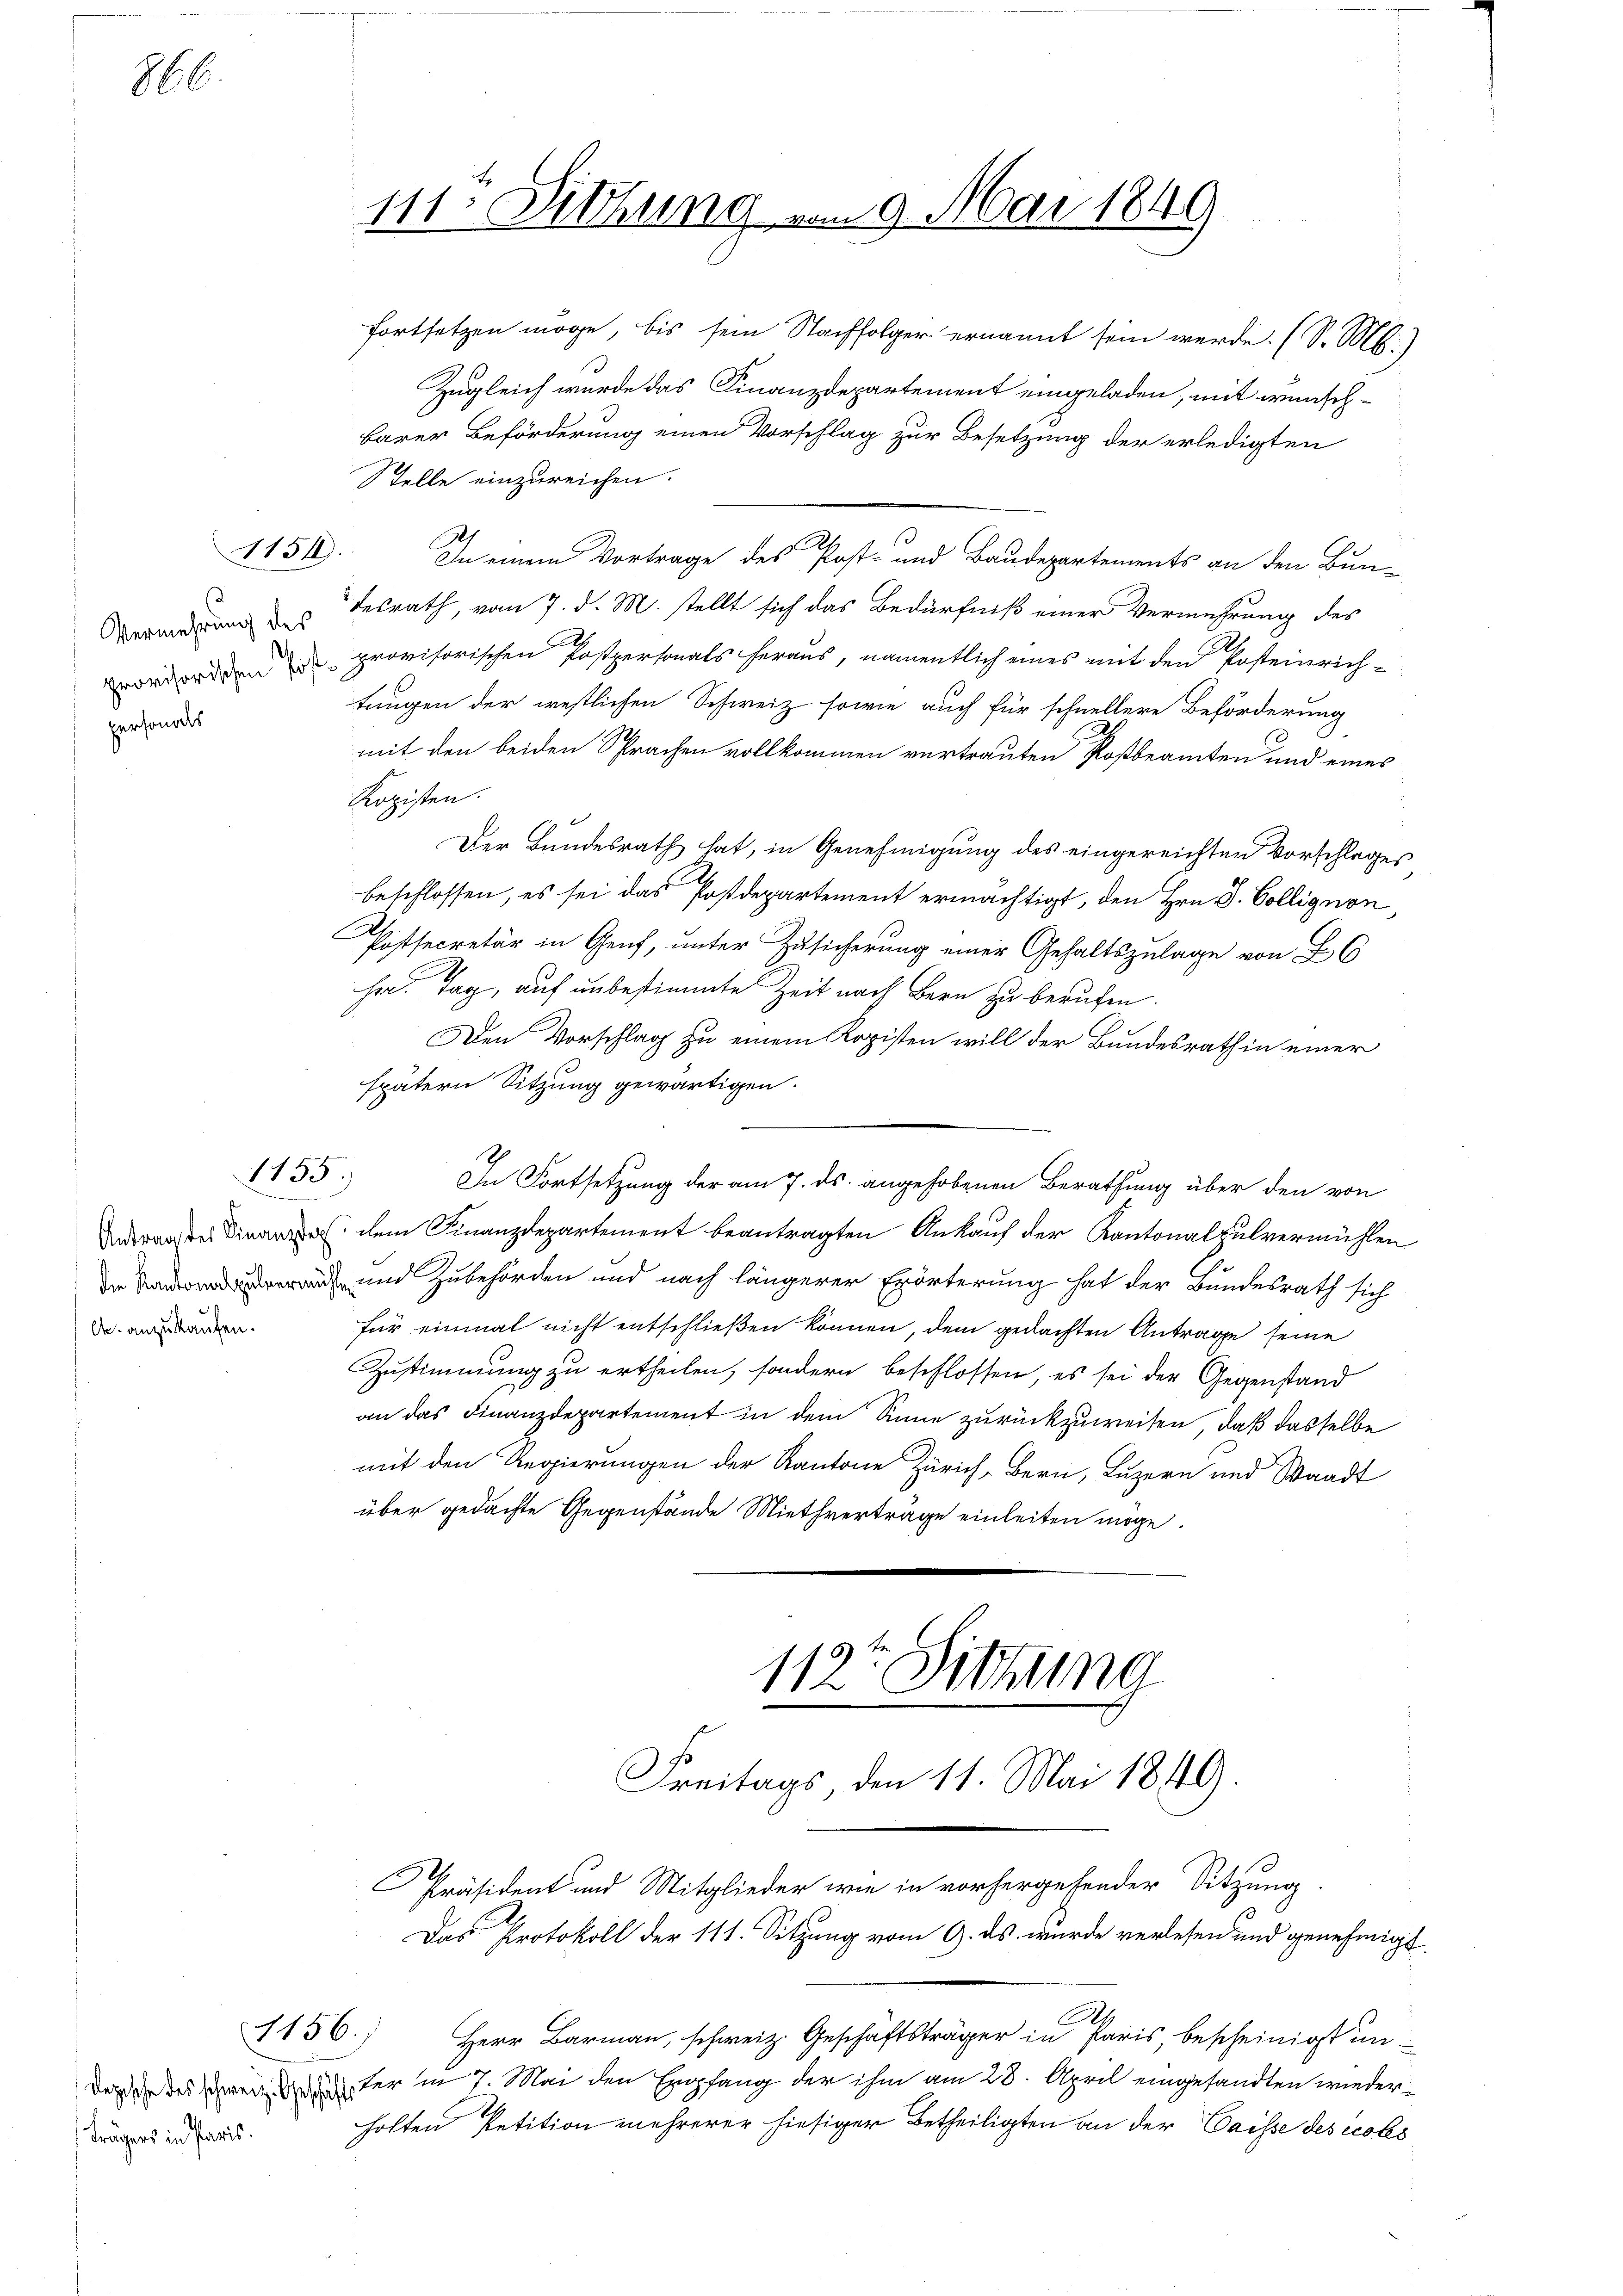
866.

Vermehrung des
personders

1151.

1155.

A anzukaufen.

barer Beförderung einen Vorschlag zur Besetzung der erledigten
Stelle einzureichen.
h
3
In einem Vortrage des Post- und Baudepartements an den Bun-
desrath, vom 7. d. M. stellt sich das Bedürfniß einer Vermehrung des
ordordnen provisorischen Postpersonals heraus, namentlich eines mit den Posteinrichtungen der westlichen Schweiz sowie auch für schnellere Beförderung
mit den beiden Sprachen vollkommen vertrauten Rostbeamten und eines
Kopisten.
Der Bundesrath hat, in Genehmigung des eingereichten Vorschlages
beschlossen, es sei das Postdepartement ermächtigt, den Hrn. D. Collignon,
Postsecretär in Genf, unter Zusicherung einer Gehaltszulage von 26
har Tag, auf unbestimmte Zeit nach Bern zu berufen.
Den Vorschlag zu einem Kopisten will der Bundesrath in einer
spätern Sitzung gewärtigen.
In Fortsetzung der am 7. ds. angehobenen Berathung über den von
 dem Finanzdepartement beantragten Ankauf der Kantonalpulvermühlen
 und Zubehörden und nach längerer Erörterung hat der Bundesrath sich
für einmal nicht entschließen können, dem gedachten Antrage seine
Zustimmung zu ertheilen, sondern beschlossen, es sei der Gegenstand
an das Finanzdepartement in dem Sinne zurückzuweisen, daß dasselbe
mit den Regierungen der Kantone Zürich Bern, Luzern und Waadt
über gedachte Gegenstände Miethverträge einleiten möge.

Depische des schweiz. Geschäfts
trägers in Paris.

1156.

111. Sitzung vom 9. Mai 1849

fortsetzen möge, bis sein Nachfolger ernannt sein werde. (S. M.)
Zugleich wurde das Finanzdepartement eingeladen, mit wünsch¬

Das Protokoll der 111. Sitzung vom 9. ds. wurde verlesen und genehmigt.
h
Herr Barmann, schweiz. Geschäftsträger in Paris, bescheinigt un-
ter in 7. Mai den Empfang der ihm am 28. April eingesandten wieder
holten Petition mehrerer hiesiger Betheiligten an der Caisse des écobs

112ten Sitzung
Freitags, den 11. Mai 1849.
Präsident und Mitglieder wie in vorhergehender Sitzung.